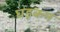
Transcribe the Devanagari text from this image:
घड़कन